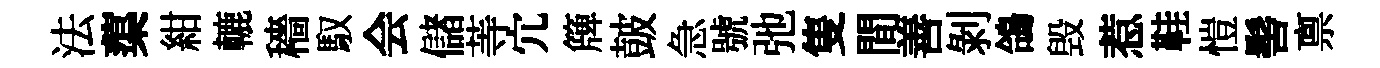
法蕖紺轆穡馭会儲䓁宂簰皷急號弛隻間善剝鴿毁惹鞋愷髻禀